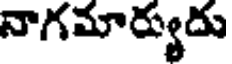
నాగమార్యుదు